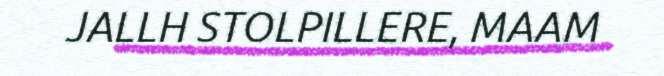
JALLH STOLPILLERE, MAAM